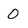
Character: 0